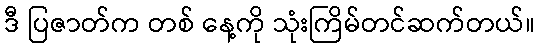
ဒီ ပြဇာတ်က တစ် နေ့ကို သုံးကြိမ်တင်ဆက်တယ်။